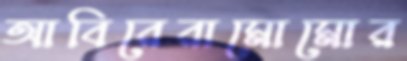
আবিরেরামোমোর